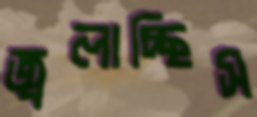
জ্বলাচ্ছিস